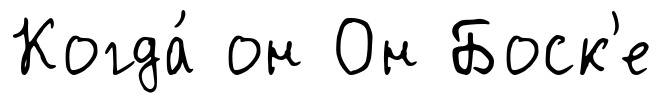
Когда́ он Он Боск'е